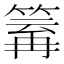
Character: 𥯿